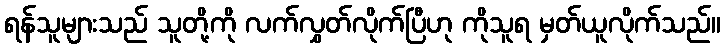
ရန်သူများသည် သူတို့ကို လက်လွှတ်လိုက်ပြီဟု ကိုသူရ မှတ်ယူလိုက်သည်။